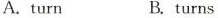
A.turn B. turns